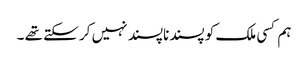
ہم کسی ملک کو پسندناپسند نہیں کر سکتے تھے ۔